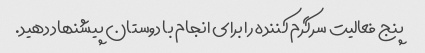
پنج فعالیت سرگرم کننده را برای انجام با دوستان پیشنهاد دهید.